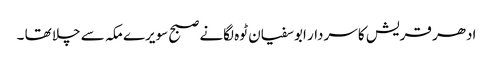
ادھر قریش کا سردار ابوسفیان ٹوہ لگانے صبح سویرے مکہ سے چلا تھا ۔